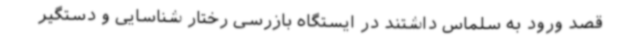
قصد ورود به سلماس داشتند در ایستگاه بازرسی رختار شناسایی و دستگیر